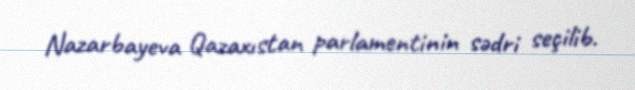
Nazarbayeva Qazaxıstan parlamentinin sədri seçilib.